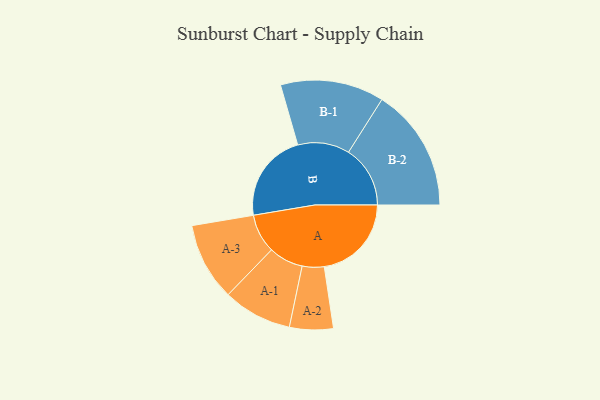
{"axis": {"x": "Segment", "y": "Value"}, "legend": ["", "A", "B"], "data": [{"x": "A", "y": 407, "type": ""}, {"x": "B", "y": 417, "type": ""}, {"x": "A-1", "y": 161, "type": "A"}, {"x": "A-2", "y": 102, "type": "A"}, {"x": "A-3", "y": 182, "type": "A"}, {"x": "B-1", "y": 242, "type": "B"}, {"x": "B-2", "y": 288, "type": "B"}]}